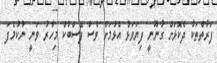
ފަރާތްތަކާ ދެކޮޅަށް ގާނޫނީ ފިޔަވަޅު އެޅުމަށް ވެސް ފޭސްބުކް މިހާރު ވަނީ ނުކުމެފަ